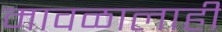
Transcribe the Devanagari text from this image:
मावळालाही